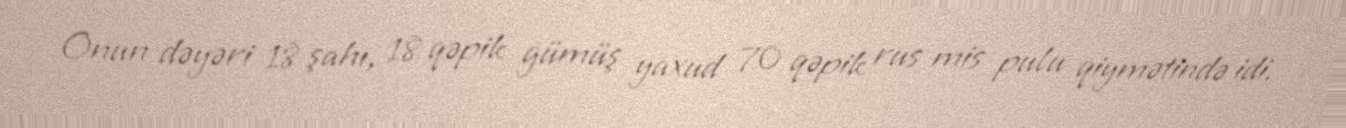
Onun dəyəri 18 şahı, 18 qəpik gümüş yaxud 70 qəpik rus mis pulu qiymətində idi.